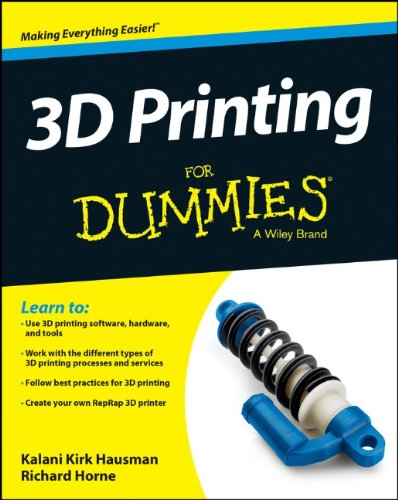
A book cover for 3D Printing For Dummies; Kalani Kirk Hausman; Computers & Technology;